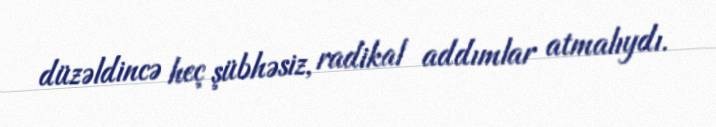
düzəldincə heç şübhəsiz, radikal addımlar atmalıydı.